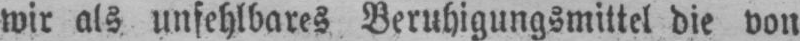
wir als unfehlbares Beruhigungsmittel die von